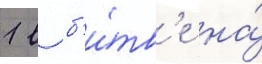
1 в б'и́тв'е на́